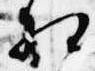
相